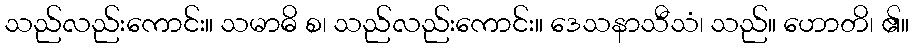
သည်လည်းကောင်း။ သမာဓိ စ၊ သည်လည်းကောင်း။ ဒေသနာသီသံ၊ သည်။ ဟောတိ၊ ၏။